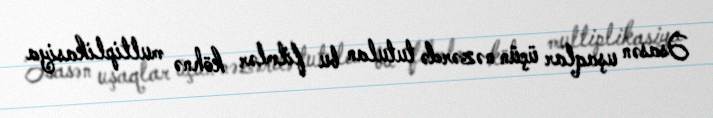
Əsasən uşaqlar üçün nəzərdə tutulan bu filmlər köhnə multiplikasiya